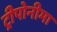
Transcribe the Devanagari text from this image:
ट्रीपोनीमा